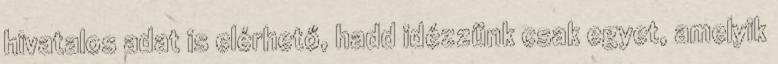
hivatalos adat is elérhető, hadd idézzünk csak egyet, amelyik